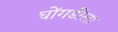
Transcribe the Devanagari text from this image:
घोंगडीला